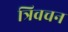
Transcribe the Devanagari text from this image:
त्रिवचन